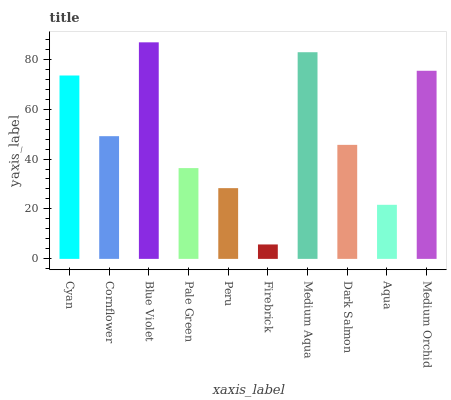
| xaxis_label | bars |
 | --- | --- |
 | Cyan | 73.5 |
 | Cornflower | 49.2 |
 | Blue Violet | 86.7 |
 | Pale Green | 36.4 |
 | Peru | 28.3 |
 | Firebrick | 5.78 |
 | Medium Aqua | 82.8 |
 | Dark Salmon | 45.7 |
 | Aqua | 21.7 |
 | Medium Orchid | 75.3 |